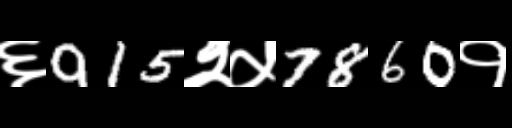
Text: ६915२५7860१